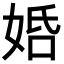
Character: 𡜶